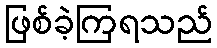
ဖြစ်ခဲ့ကြရသည်